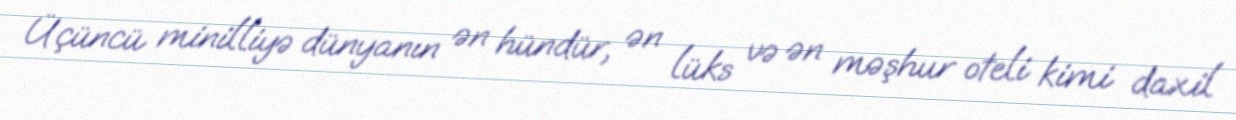
Üçüncü minilliyə dünyanın ən hündür, ən lüks və ən məşhur oteli kimi daxil